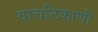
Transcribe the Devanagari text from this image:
याचठिकाणी